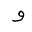
Letter: _waw